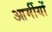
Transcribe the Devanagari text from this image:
आर्मीयों